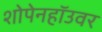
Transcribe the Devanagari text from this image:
शोपेनहॉउवर